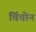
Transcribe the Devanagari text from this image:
चिंचोन